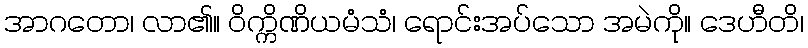
အာဂတော၊ လာ၏။ ဝိက္ကိဏိယမံသံ၊ ရောင်းအပ်သော အမဲကို။ ဒေဟီတိ၊